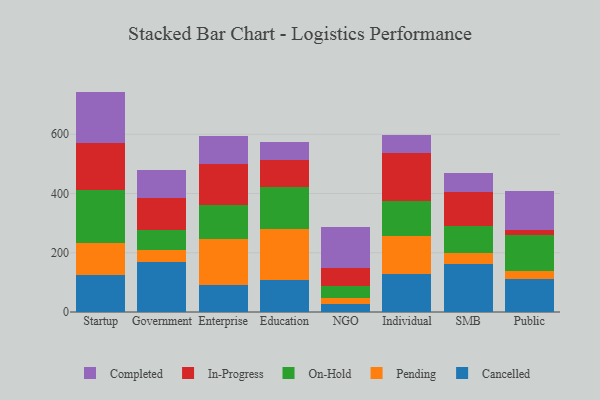
{"axis": {"x": "Segment", "y": "Conversion Rate (%)"}, "legend": ["Cancelled", "Completed", "In-Progress", "On-Hold", "Pending"], "data": [{"x": "Startup", "y": 124.0, "type": "Cancelled"}, {"x": "Startup", "y": 109.0, "type": "Pending"}, {"x": "Startup", "y": 179.8, "type": "On-Hold"}, {"x": "Startup", "y": 158.5, "type": "In-Progress"}, {"x": "Startup", "y": 172.6, "type": "Completed"}, {"x": "Government", "y": 169.1, "type": "Cancelled"}, {"x": "Government", "y": 39.2, "type": "Pending"}, {"x": "Government", "y": 70.0, "type": "On-Hold"}, {"x": "Government", "y": 105.3, "type": "In-Progress"}, {"x": "Government", "y": 94.3, "type": "Completed"}, {"x": "Enterprise", "y": 91.8, "type": "Cancelled"}, {"x": "Enterprise", "y": 155.3, "type": "Pending"}, {"x": "Enterprise", "y": 112.4, "type": "On-Hold"}, {"x": "Enterprise", "y": 139.5, "type": "In-Progress"}, {"x": "Enterprise", "y": 95.2, "type": "Completed"}, {"x": "Education", "y": 107.0, "type": "Cancelled"}, {"x": "Education", "y": 173.2, "type": "Pending"}, {"x": "Education", "y": 143.1, "type": "On-Hold"}, {"x": "Education", "y": 90.0, "type": "In-Progress"}, {"x": "Education", "y": 60.2, "type": "Completed"}, {"x": "NGO", "y": 25.9, "type": "Cancelled"}, {"x": "NGO", "y": 22.7, "type": "Pending"}, {"x": "NGO", "y": 38.8, "type": "On-Hold"}, {"x": "NGO", "y": 59.9, "type": "In-Progress"}, {"x": "NGO", "y": 138.7, "type": "Completed"}, {"x": "Individual", "y": 128.2, "type": "Cancelled"}, {"x": "Individual", "y": 129.9, "type": "Pending"}, {"x": "Individual", "y": 116.9, "type": "On-Hold"}, {"x": "Individual", "y": 160.1, "type": "In-Progress"}, {"x": "Individual", "y": 62.0, "type": "Completed"}, {"x": "SMB", "y": 160.6, "type": "Cancelled"}, {"x": "SMB", "y": 40.2, "type": "Pending"}, {"x": "SMB", "y": 90.7, "type": "On-Hold"}, {"x": "SMB", "y": 113.7, "type": "In-Progress"}, {"x": "SMB", "y": 63.8, "type": "Completed"}, {"x": "Public", "y": 111.9, "type": "Cancelled"}, {"x": "Public", "y": 28.0, "type": "Pending"}, {"x": "Public", "y": 120.9, "type": "On-Hold"}, {"x": "Public", "y": 17.4, "type": "In-Progress"}, {"x": "Public", "y": 130.9, "type": "Completed"}]}